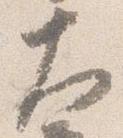
大